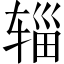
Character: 辎